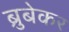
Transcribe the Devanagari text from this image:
ब्रुबेकर